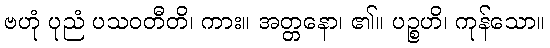
ဗဟုံ ပုညံ ပသဝတီတိ၊ ကား။ အတ္တနော၊ ၏။ ပဉ္စဟိ၊ ကုန်သော။